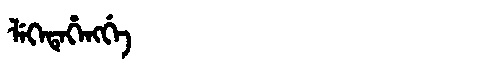
Manchu: ᠯᡝᡴᡝᡨᡝᡥᡝᠩᡤᡝ
Romanization: LEKETEHENGGE